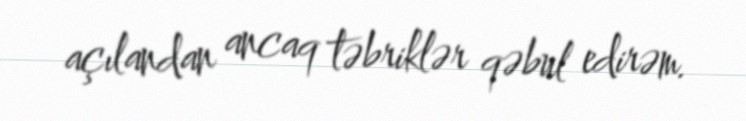
açılandan ancaq təbriklər qəbul edirəm.